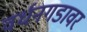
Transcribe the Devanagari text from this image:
वर्धनगडावर